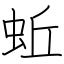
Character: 蚯